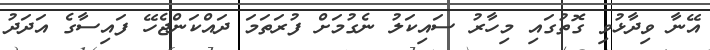
އޭނާ ވިދާޅުވި ގޮތުގައި މިހާރު ސައިކަލު ނެގުމަށް ފުރަތަމަ ދައްކަންޖެހޭ ފައިސާގެ އަދަދު